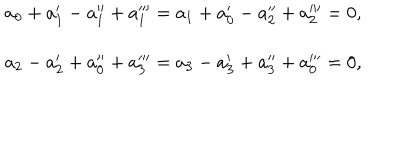
\begin{array} { c } { { a _ { 0 } + a _ { 1 } ^ { \prime } - a _ { 1 } ^ { \prime \prime } + a _ { 1 } ^ { \prime \prime \prime } = a _ { 1 } + a _ { 0 } ^ { \prime } - a _ { 2 } ^ { \prime \prime } + a _ { 2 } ^ { \prime \prime \prime } = 0 , } } \\ { { a _ { 2 } - a _ { 2 } ^ { \prime } + a _ { 0 } ^ { \prime \prime } + a _ { 3 } ^ { \prime \prime \prime } = a _ { 3 } - a _ { 3 } ^ { \prime } + a _ { 3 } ^ { \prime \prime } + a _ { 0 } ^ { \prime \prime \prime } = 0 , } } \\ \end{array}